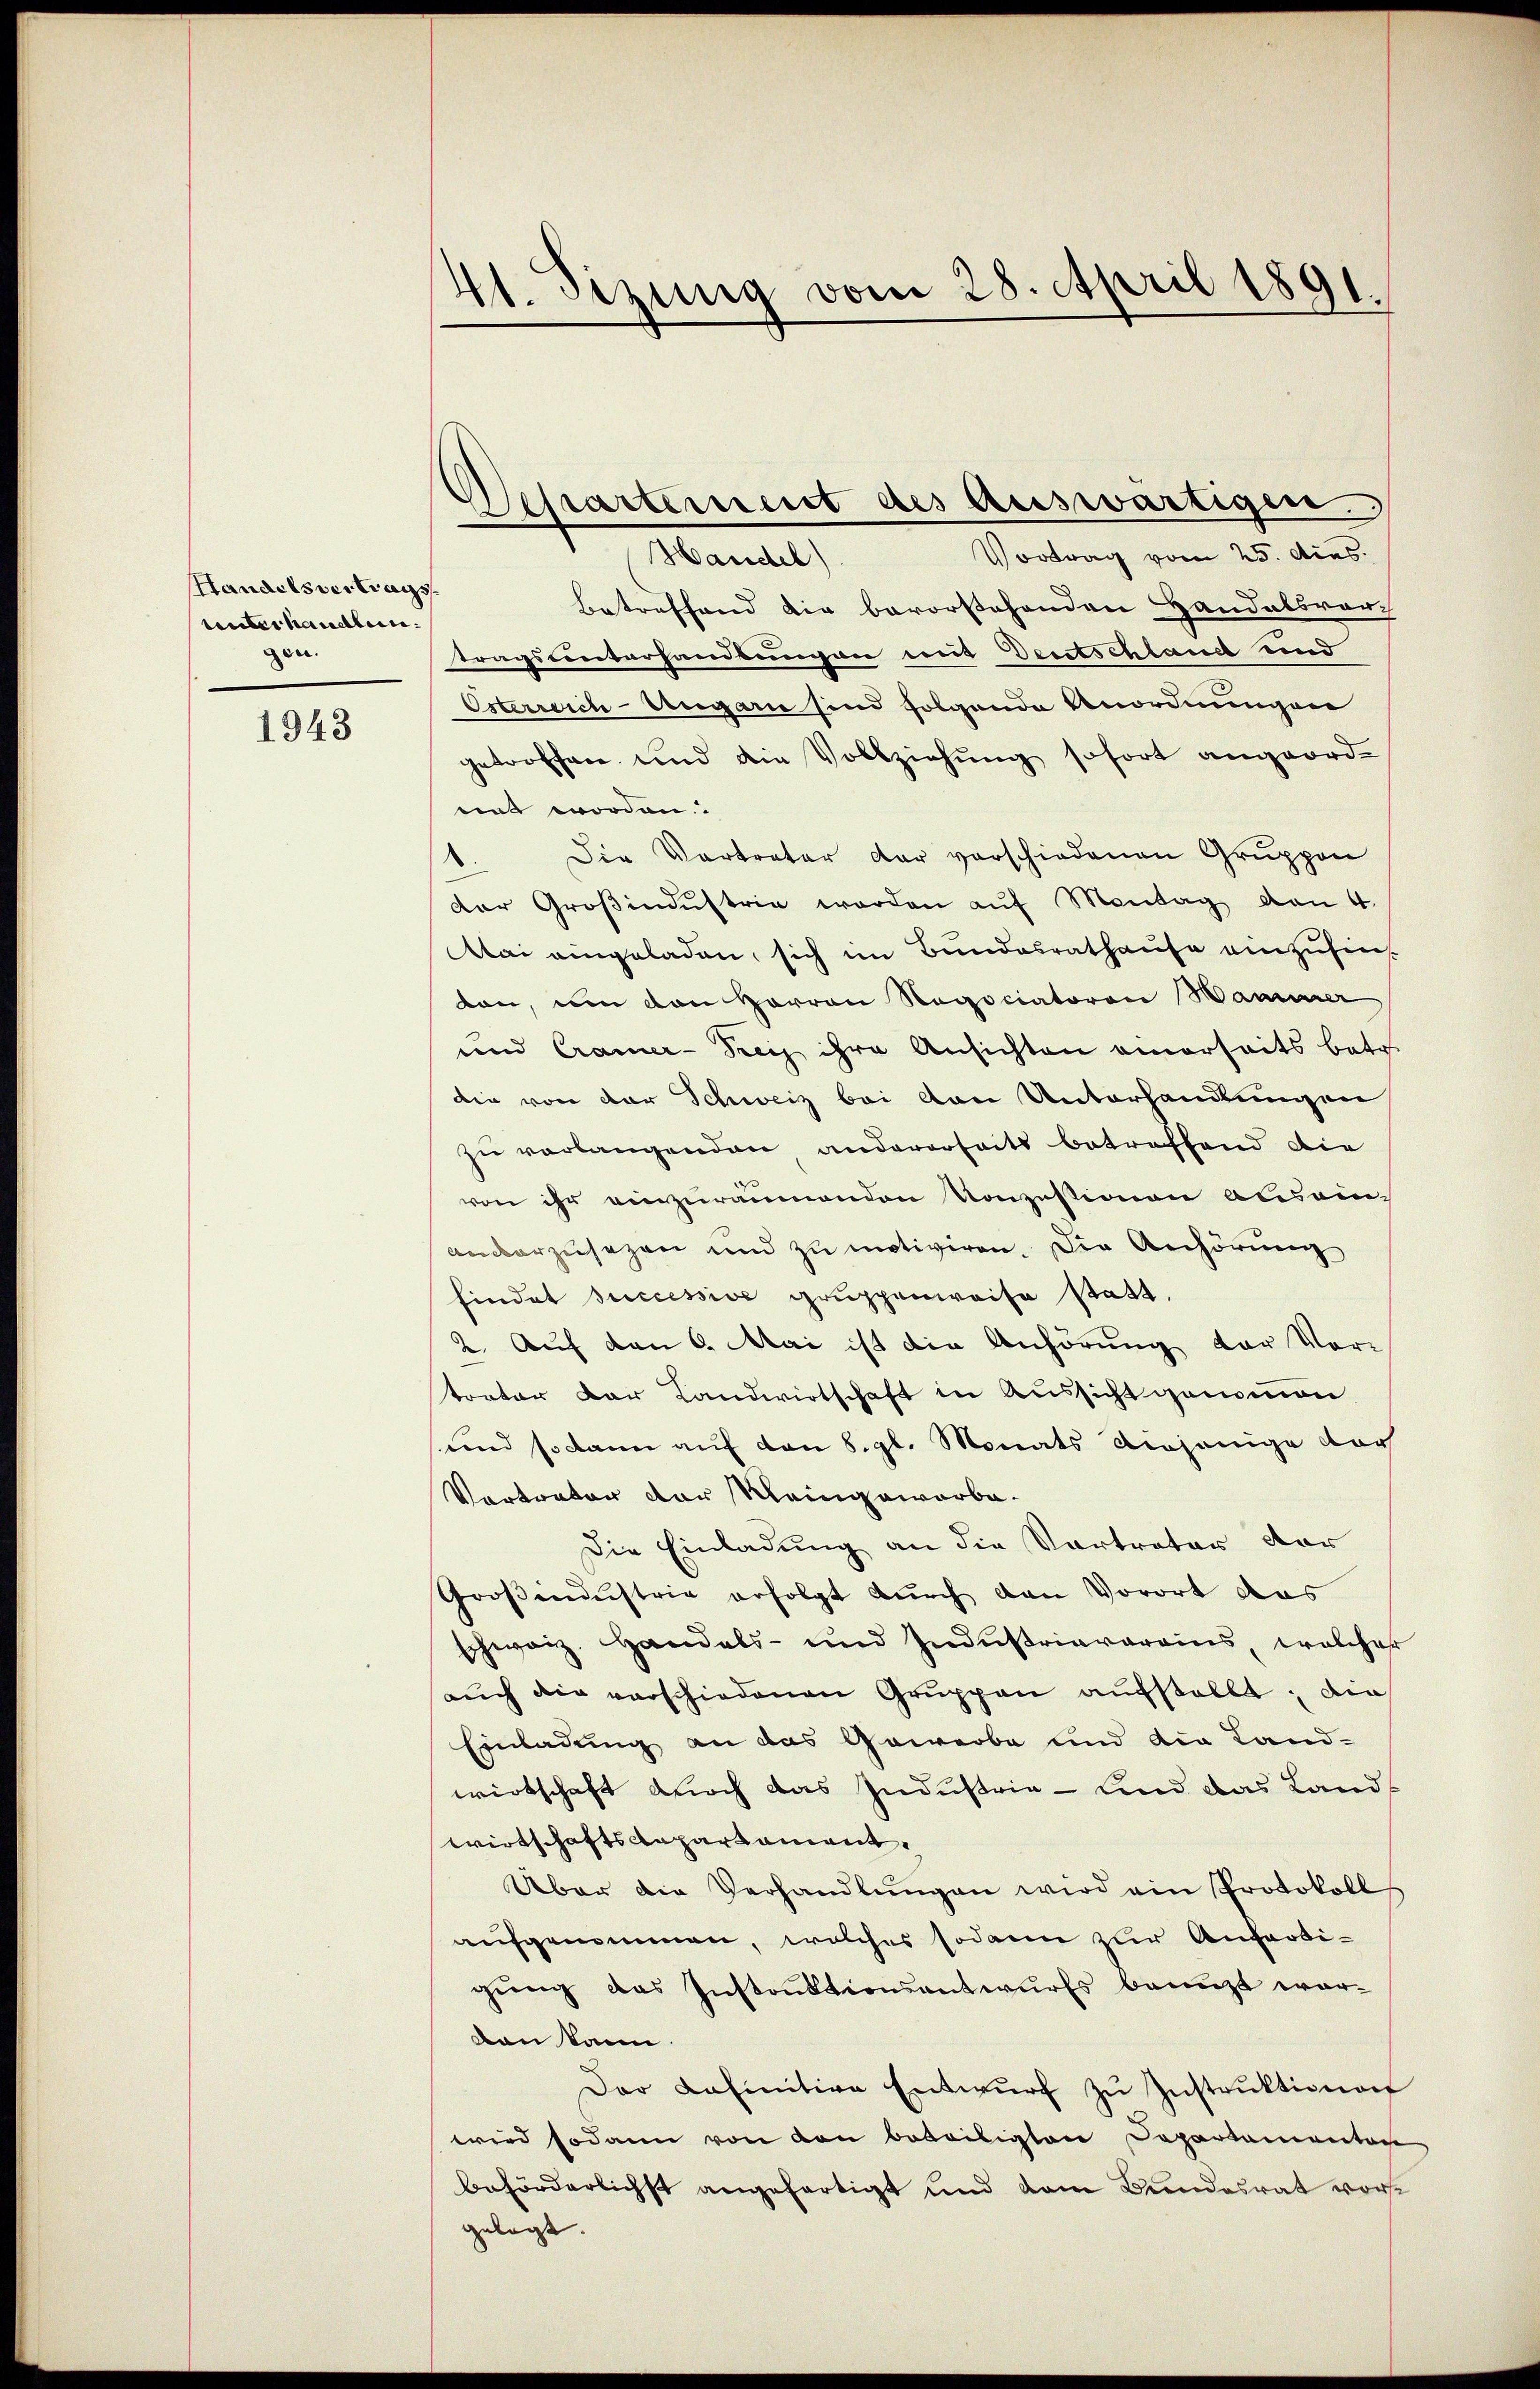
Handelsvertrags
unterhandlun
gen.

1943

41. Sizung vom 28. April 1891.
d

Dessarteriert des auswärtigen

Vortrag vom 25. Aus
Handel)
Betreffend die bevorstehenden Handelsvor
tragsunterhandlungen mit Deutschland und
Osterreich-Ungarn sind folgende Anordnungen
getroffen und die Vollziehung sofort angeord-
nnt worden.
Die Vertreter dar verschiedenen Gruppen
der Groβindŭstrie werden aŭf Montag von 4.
Mai eingeladen, sich im Bundesrathause einzufinton, um den Herren Rogociatoren Waarer
und Cramer-Frei ihre Ansichten einerseits betr.
die von der Schweiz bei von Unterhandlungen
zu verlangenden andererseits betreffend die
von ihr einzuräumenden Konzessionen absei-
andarzusagen und zu motiviren. Die Anhörung
findet successive gruppenweise statt.
2. Auf den 6. Mai ist die Anhörung der Vor-
torter der Landwirtschaft in Aussicht genommen
und so kann auf den 8. gl. Monats diejenige doch
Vortrator der Meingeworbe¬
Die Einladung an die Vertreter dor
Groβendustrie erfolgt durch den Vorort das
schweiz. Handels- und Industriavarains, welcher
aŭch die verschiedenen Gruppen aufstellt; die
Einladung an das Gewerbe und die Land-
wirtschaft durch das Industrie - und das Lands
wirtschaftsanpartament.
Über die Verhandlŭngen wird ein Protokoll
aufgenommen, welches sodann zur Anfertigung das Instruktionsantwurfs benuzt worvon kann.
Der Lafinitive Entwŭrf zŭ Instrŭktionen
wird sodann von den beteiligten Departamentag
beförderlichst angefertigt und dem Bundesrat vorgelegt. |